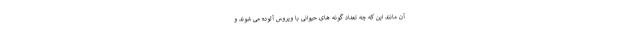
آن مانند این که چه تعداد گونه های حیوانی با ویروس آلوده می شوند و